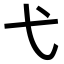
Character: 弋